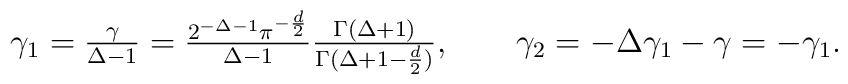
\textstyle \gamma_1 = \frac\gamma{\Delta-1} = \frac {2^{-\Delta-1}\pi^{-\frac d2}}{\Delta-1}\frac{\Gamma(\Delta+1)}{\Gamma(\Delta+1-\frac d2)}, \qquad\gamma_2=-\Delta\gamma_1-\gamma = -\gamma_1.